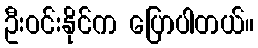
ဦးဝင်းနိုင်က ပြောပါတယ်။